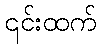
၎င်းထက်